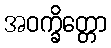
အဝက္ခိတ္တော